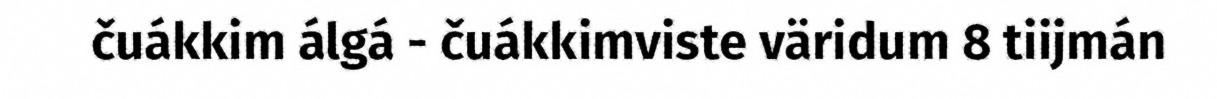
čuákkim álgá - čuákkimviste väridum 8 tiijmán